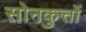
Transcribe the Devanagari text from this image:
सोनकुत्तों